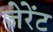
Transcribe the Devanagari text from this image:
जेरेंट